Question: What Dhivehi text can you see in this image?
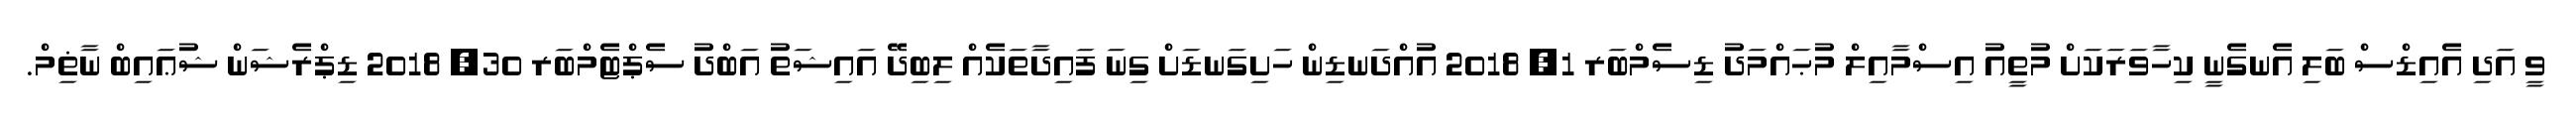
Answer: ވީ އަދި އެއިޑްސް ބަލި އެނގެނީ ކިހާވަރަކަށް މުތީއު އިސްމާއިލް މުޙައްމަދު ޑިސެމްބަރ 1, 2018 އުއްދަނޑިން ހަށިގަނޑަށް ގިނަ ފައިދާތަކެއް ލިބިދޭ އައިޝަތު އަބްދު ސެޕްޓެމްބަރ 30, 2018 ޑިޕްރެޝަން ޝުޢައިބް ނާޡިމް.